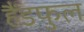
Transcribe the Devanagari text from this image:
हैंडफुल